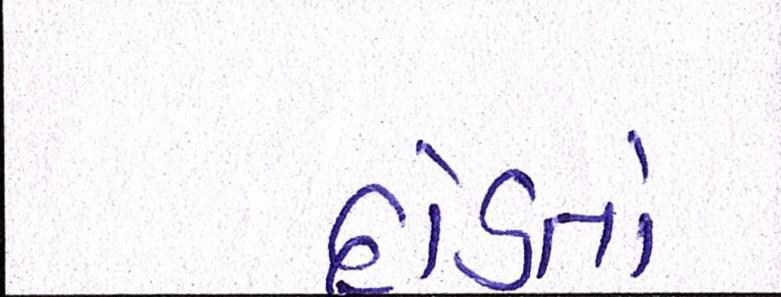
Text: દોડતો